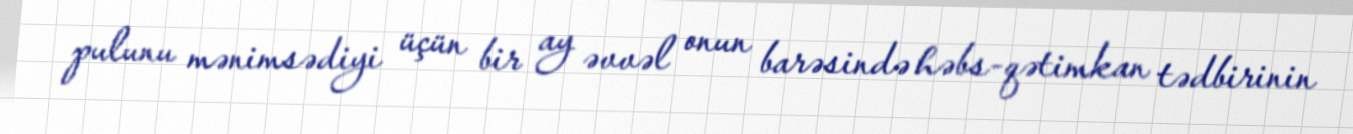
pulunu mənimsədiyi üçün bir ay əvvəl onun barəsində həbs-qətimkan tədbirinin